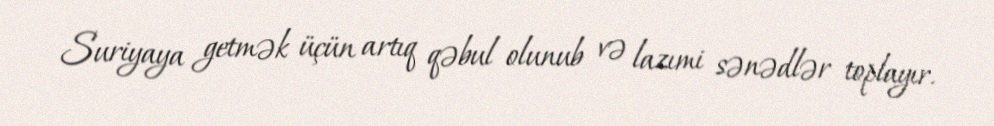
Suriyaya getmək üçün artıq qəbul olunub və lazımi sənədlər toplayır.